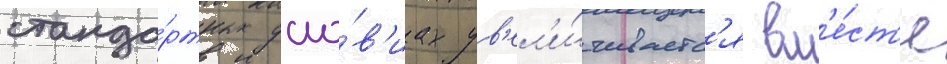
станда́ртных усло́в'иах ув'ел'и́чиваетс'я вм'е́ст'е